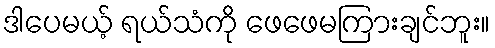
ဒါပေမယ့် ရယ်သံကို ဖေဖေမကြားချင်ဘူး။